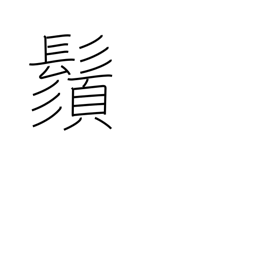
Meaning: mustache